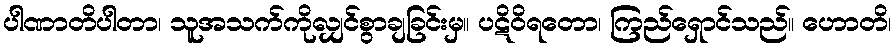
ပါဏာတိပါတာ၊ သူအသက်ကိုလျှင်စွာချခြင်းမှ။ ပဋိဝိရတော၊ ကြည်ရှောင်သည်။ ဟောတိ၊